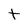
Character: t